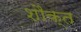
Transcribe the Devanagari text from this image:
शौक्त